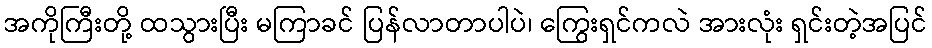
အကိုကြီးတို့ ထသွားပြီး မကြာခင် ပြန်လာတာပါပဲ၊ ကြွေးရှင်ကလဲ အားလုံး ရှင်းတဲ့အပြင်